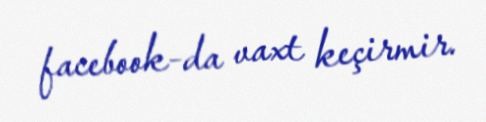
facebook-da vaxt keçirmir.